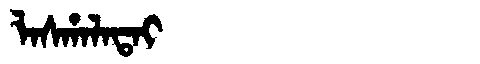
Manchu: ᠯᠠᠰᡥᠠᠯᠠᡨᠠᡳ
Romanization: LASHALATAI